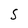
Character: S